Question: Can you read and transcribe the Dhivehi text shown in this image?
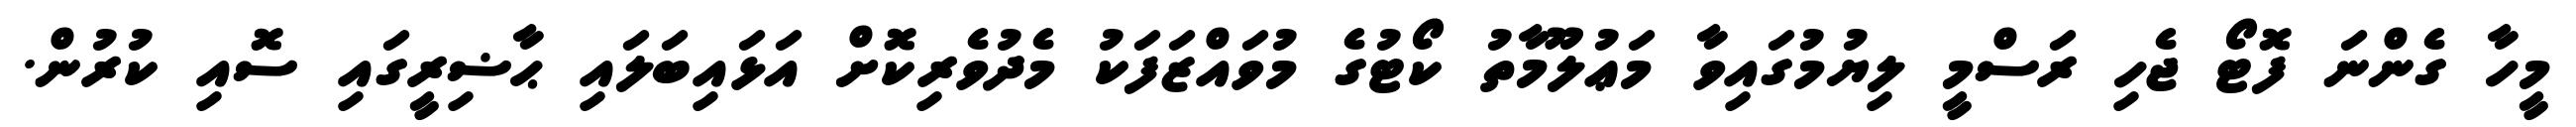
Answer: މީހާ ގެންނަ ފޮޓޯ ޖެހި ރަސްމީ ލިޔުމުގައިވާ މަޢުލޫމާތު ކޯޓުގެ މުވައްޒަފަކު މެދުވެރިކޮށް އަޅައިބަލައި ޙާޟިރީގައި ސޮއި ކުރުން.